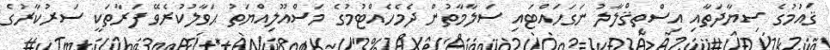
ޤައުމުގެ ސިޔާދަތާއި އިސްތިޤްލާލު ނަގަހައްޓައި ސަލާމާތުން ދެމެހެއްޓުމުގެ މަސްއޫލިއްޔަތު ޙަވާލުކުރެވޭ ފަރާތަކީ ސަރުކާރުގެ